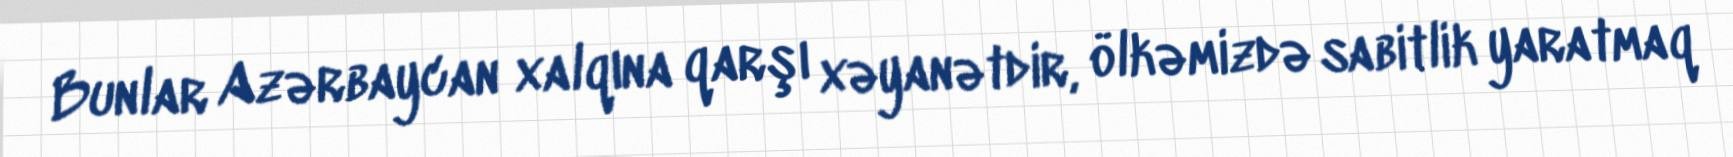
Bunlar Azərbaycan xalqına qarşı xəyanətdir, ölkəmizdə sabitlik yaratmaq